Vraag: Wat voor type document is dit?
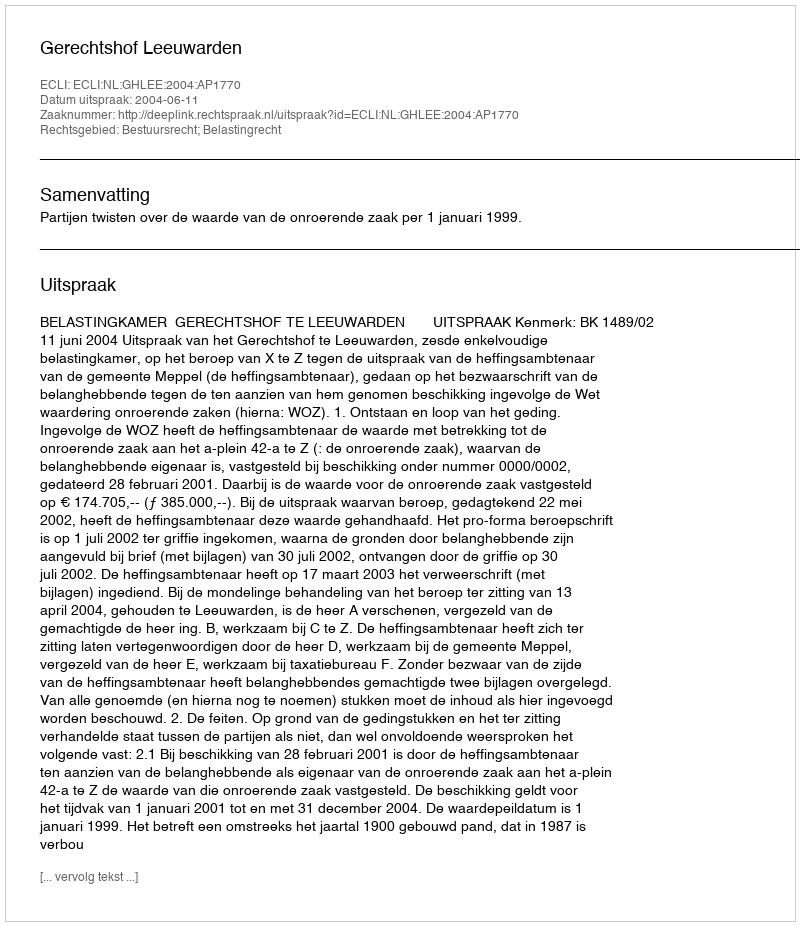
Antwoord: Uitspraak